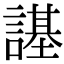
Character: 𧫠